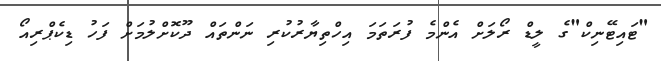
"ޓައިޓޭނިކް"ގެ ލީޑް ރޯލަށް އެންމެ ފުރަތަމަ އިހްތިޔާރުކުރި ނަންތައް ދޫކޮށްލުމަށް ފަހު ޑިކެޕްރިއޯ